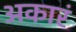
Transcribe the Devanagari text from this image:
अकारं